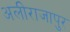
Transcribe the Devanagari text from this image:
अलीराजापुर